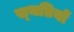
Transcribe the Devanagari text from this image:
स्‍थतियों